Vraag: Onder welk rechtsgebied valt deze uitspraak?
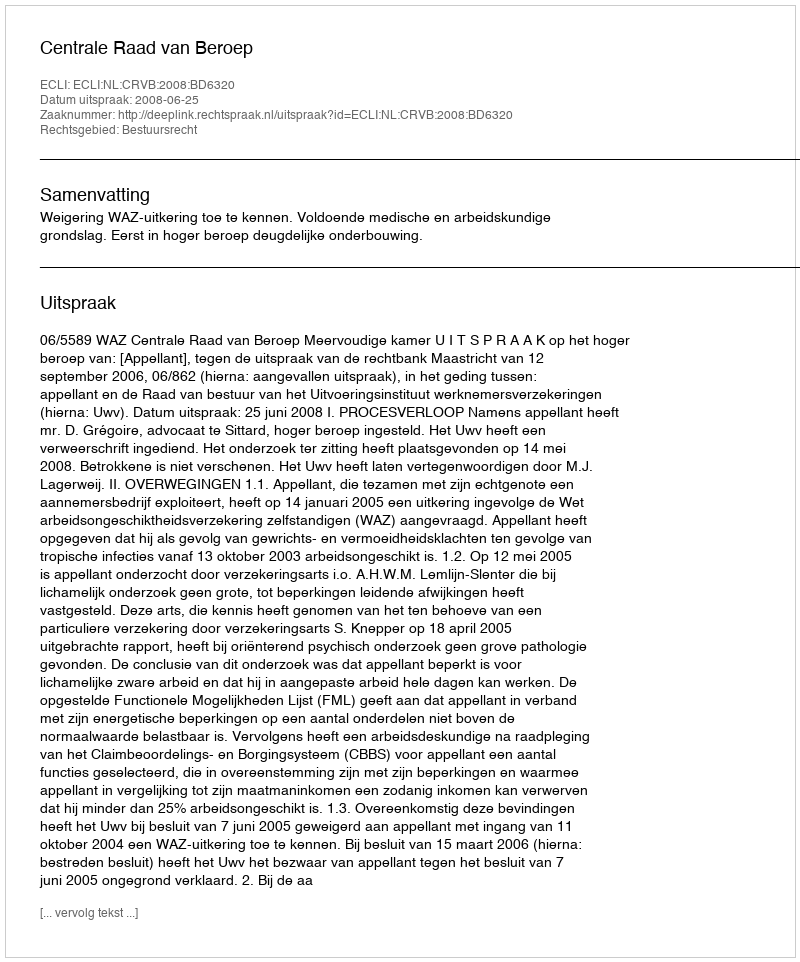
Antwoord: Bestuursrecht